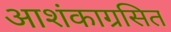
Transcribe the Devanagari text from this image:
आशंकाग्रसित